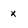
Character: x